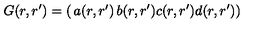
G ( r , r ^ { \prime } ) = \left( \begin{matrix} { a ( r , r ^ { \prime } ) } & { b ( r , r ^ { \prime } ) } \\ { c ( r , r ^ { \prime } ) } & { d ( r , r ^ { \prime } ) } \\ \end{matrix} \right)